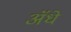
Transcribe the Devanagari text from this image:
ॲधे